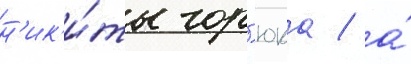
н'ик'и́ты гор'юка / а́